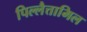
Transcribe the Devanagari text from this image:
पिल्लैत्तामिल